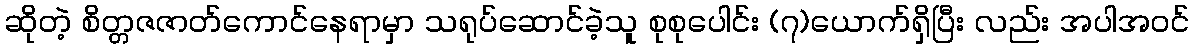
ဆိုတဲ့ စိတ္တဇဇာတ်ကောင်နေရာမှာ သရုပ်ဆောင်ခဲ့သူ စုစုပေါင်း (၇)ယောက်ရှိပြီး လည်း အပါအဝင်